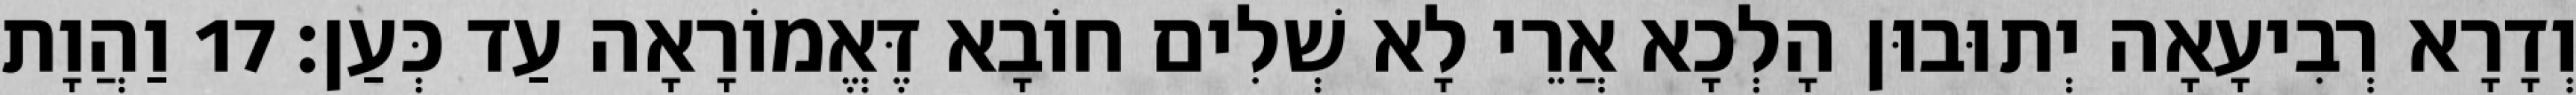
וְדָרָא רְבִיעָאָה יְתוּבוּן הָלְכָא אֲרֵי לָא שְׁלִים חוֹבָא דֶּאֱמוֹרָאָה עַד כְּעַן׃ 17 וַהֲוָת